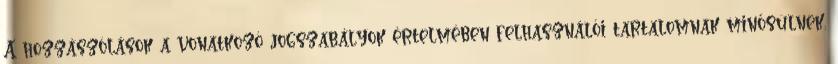
A hozzászólások a vonatkozó jogszabályok értelmében felhasználói tartalomnak minősülnek,